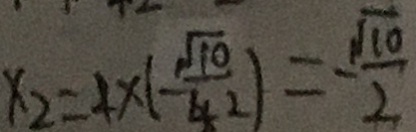
x _ { 2 } = 4 \times ( - \frac { \sqrt { 1 0 } } { 4 2 } ) = - \frac { \sqrt { 1 0 } } { 2 }